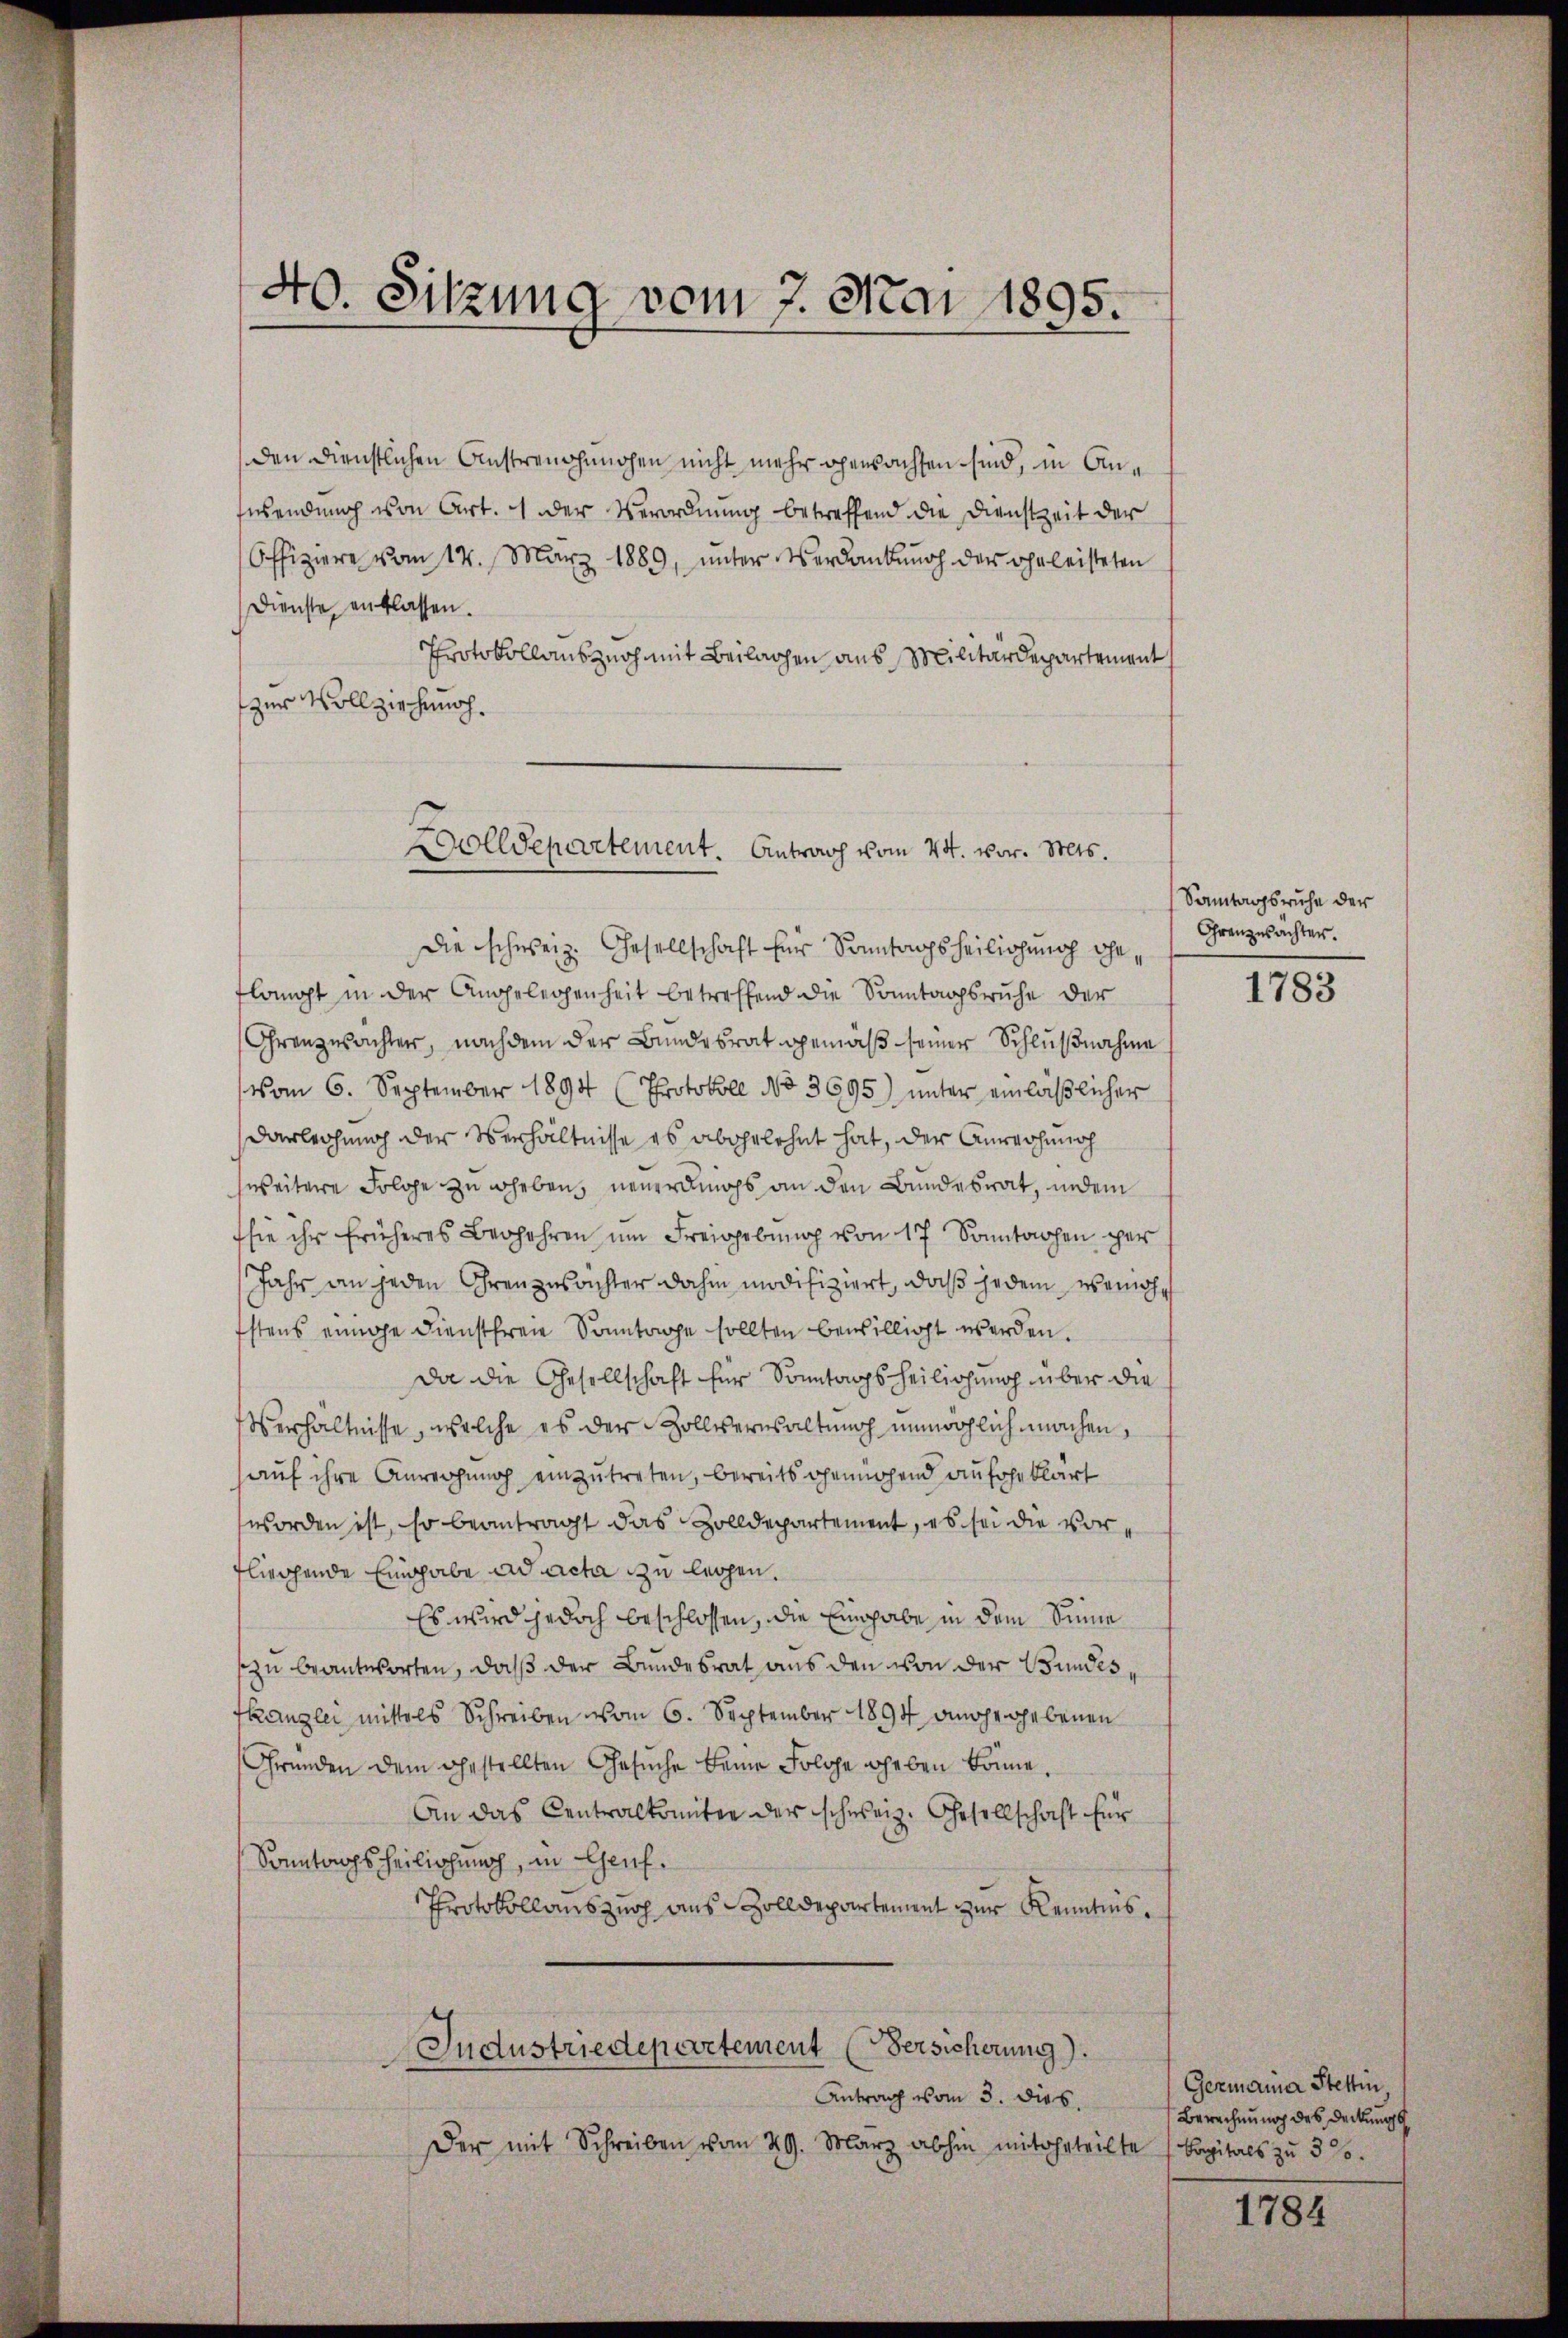
40. Sitzung vom 7. Mai 1895.

den dienstlichen Anstrenghanchen nicht mehr gewachsen sind, in Anfwendung von Art. 1 der Verordnung betreffend die Dienstzeit der
Offiziere vom 14. März 1889, ŭnter Verdankŭng der oheleisteten
Dienste entlassen.
Protokollauszuch mit Beilagen aus Militärdepartement
zur Vollziehung.

Dolldepartement. Antrag vom 24. vor. Mts.

Die schweiz. Gesellschaft für Sonntags heilichung eheflangt in der Angelegenheit betreffend die Sonntagsruhe der
Ohrenzwachter, nachdem der Bundesrat gemäß seiner Schlußnahme
vom 6. September 1894 (Protokoll No 3695) ŭnter einläβlicher
Darleihung der Verhältnisse es abgelehnt hat, der Anwachung
zweitere Folge zu heben neuerdings an den Bundesrat, indem
sie ihr früheres Begehren ŭm Freigebung von 17 Sonntagen per
Jahr an jeden Grenzusichter dahin modifiziert, daß jedem weichstens einige Dienstfreie Sonntage sollten bewilligt werden.
da die Gesellschaft für Sonntags heiligung über die
Verhältnisse, welche es der Zollverwaltung unmöglich machen,
auf ihre Anrechung einzutreten, bereits gemühend aufgeklärt
worden ist, so beantragt das Zolldepartement, es sei die vorfliegende Eingabe ad acta zu legen.
Es wird jedoch beschlossen, die Eingabe in dem Sinne
szu beantworten, daß der Bundesrat aus den von der Bundesskanzlei mittels Schreiben vom 6. September 1894 angegebenen
Gründen dem gestellten Gesŭche keine Folge geben könne,
An das Centralkomitee der schweiz. Gesellschaft für
Sonntags heilichung, in Genf.
Protokollanszuch aus Zolldepartement zur Kenntnis¬
Jndustriedepartement (Versicherung).
Antrag vom 3. dies
Der mit Schreiben vom 29. März abhin mitgeteilte Capitals zŭ 3%.

Sontagsruhe der
Grenzusachter.

1783

Germanna Stettin
Berechnung des Deckungs

1784